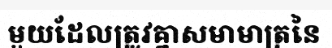
មួយដែលត្រូវគ្នាសមាមាត្រនៃ